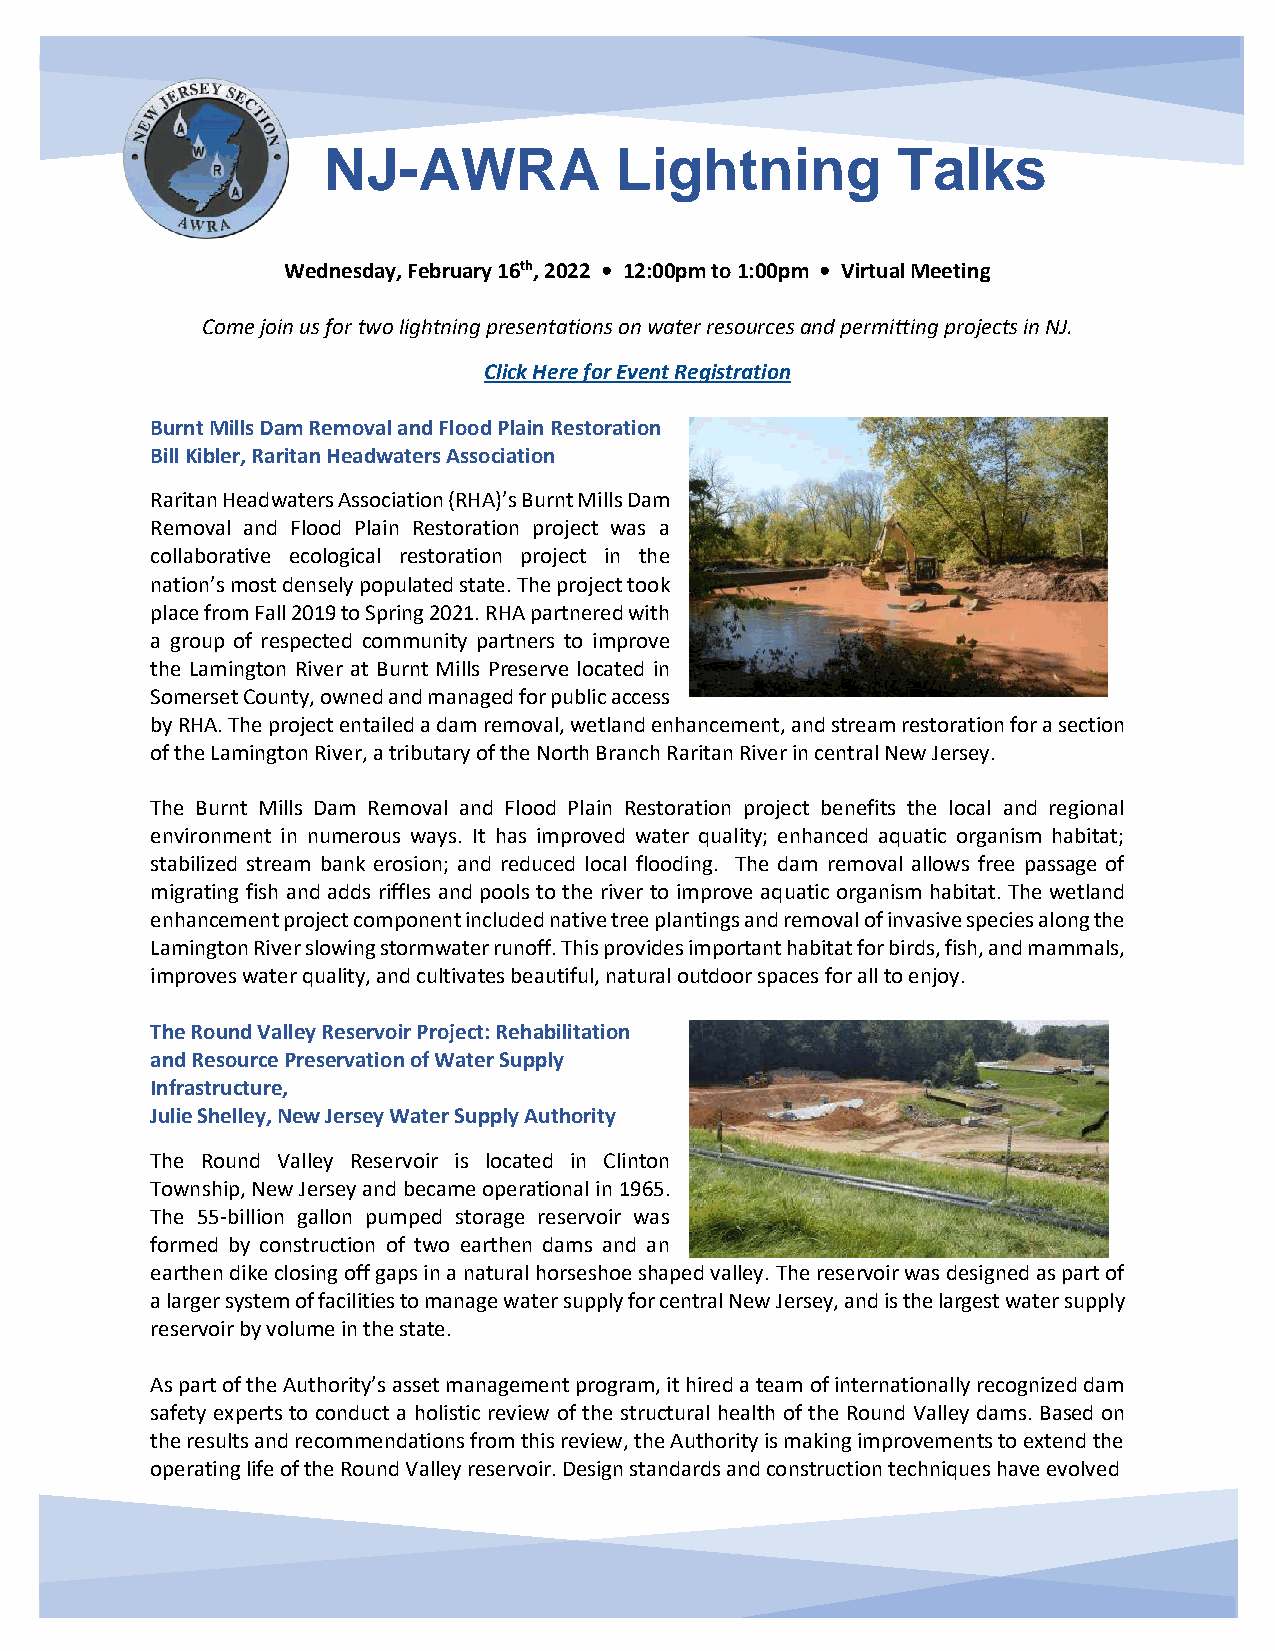
NJ-AWRA             Lightning         Talks
 Wednesday, February 16th, 2022 • 12:00pm to 1:00pm • Virtual Meeting
 Come join us for two lightning presentations on water resources and permitting projects in NJ.
 Click Here for Event Registration
 Burnt Mills Dam Removal and Flood Plain Restoration
 Bill Kibler, Raritan Headwaters Association
 Raritan Headwaters Association (RHA)’s Burnt Mills Dam
 Removal and Flood Plain Restoration project was a
 collaborative ecological restoration project in the
 nation’s most densely populated state. The project took
 place from Fall 2019 to Spring 2021. RHA partnered with
 a group of respected community partners to improve
 the Lamington River at Burnt Mills Preserve located in
 Somerset County, owned and managed for public access
 by RHA. The project entailed a dam removal, wetland enhancement, and stream restoration for a section
 of the Lamington River, a tributary of the North Branch Raritan River in central New Jersey.
 The Burnt Mills Dam Removal and Flood Plain Restoration project benefits the local and regional
 environment in numerous ways. It has improved water quality; enhanced aquatic organism habitat;
 stabilized stream bank erosion; and reduced local flooding. The dam removal allows free passage of
 migrating fish and adds riffles and pools to the river to improve aquatic organism habitat. The wetland
 enhancement project component included native tree plantings and removal of invasive species along the
 Lamington River slowing stormwater runoff. This provides important habitat for birds, fish, and mammals,
 improves water quality, and cultivates beautiful, natural outdoor spaces for all to enjoy.
 The Round Valley Reservoir Project: Rehabilitation
 and Resource Preservation of Water Supply
 Infrastructure,
 Julie Shelley, New Jersey Water Supply Authority
 The Round Valley Reservoir is located in Clinton
 Township, New Jersey and became operational in 1965.
 The 55-billion gallon pumped storage reservoir was
 formed by construction of two earthen dams and an
 earthen dike closing off gaps in a natural horseshoe shaped valley. The reservoir was designed as part of
 a larger system of facilities to manage water supply for central New Jersey, and is the largest water supply
 reservoir by volume in the state.
 As part of the Authority’s asset management program, it hired a team of internationally recognized dam
 safety experts to conduct a holistic review of the structural health of the Round Valley dams. Based on
 the results and recommendations from this review, the Authority is making improvements to extend the
 operating life of the Round Valley reservoir. Design standards and construction techniques have evolved